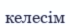
келесім